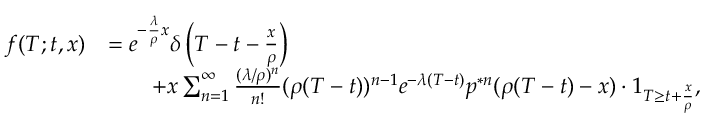
\begin{array} { r l } { f ( T ; t , x ) } & { = e ^ { - \frac { \lambda } { \rho } x } \delta \left( T - t - \frac { x } { \rho } \right) } \\ & { \qquad + x \sum _ { n = 1 } ^ { \infty } \frac { ( \lambda / \rho ) ^ { n } } { n ! } ( \rho ( T - t ) ) ^ { n - 1 } e ^ { - \lambda ( T - t ) } p ^ { \ast n } ( \rho ( T - t ) - x ) \cdot 1 _ { T \geq t + \frac { x } { \rho } } , } \end{array}